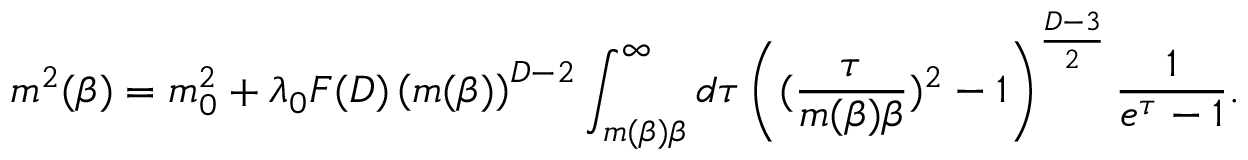
\ m ^ { 2 } ( \beta ) = m _ { 0 } ^ { 2 } + \lambda _ { 0 } F ( D ) \left( m ( \beta ) \right) ^ { D - 2 } \int _ { m ( \beta ) \beta } ^ { \infty } d \tau \left( ( \frac { \tau } { m ( \beta ) \beta } ) ^ { 2 } - 1 \right) ^ { \frac { D - 3 } { 2 } } \frac { 1 } { e ^ { \tau } - 1 } .